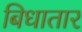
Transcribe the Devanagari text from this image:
बिधातार